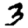
Digit: 3